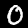
Digit: 0